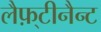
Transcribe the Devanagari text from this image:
लैफ़्टीनैन्ट